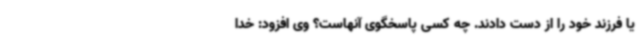
یا فرزند خود را از دست دادند. چه کسی پاسخگوی آنهاست؟ وی افزود: خدا